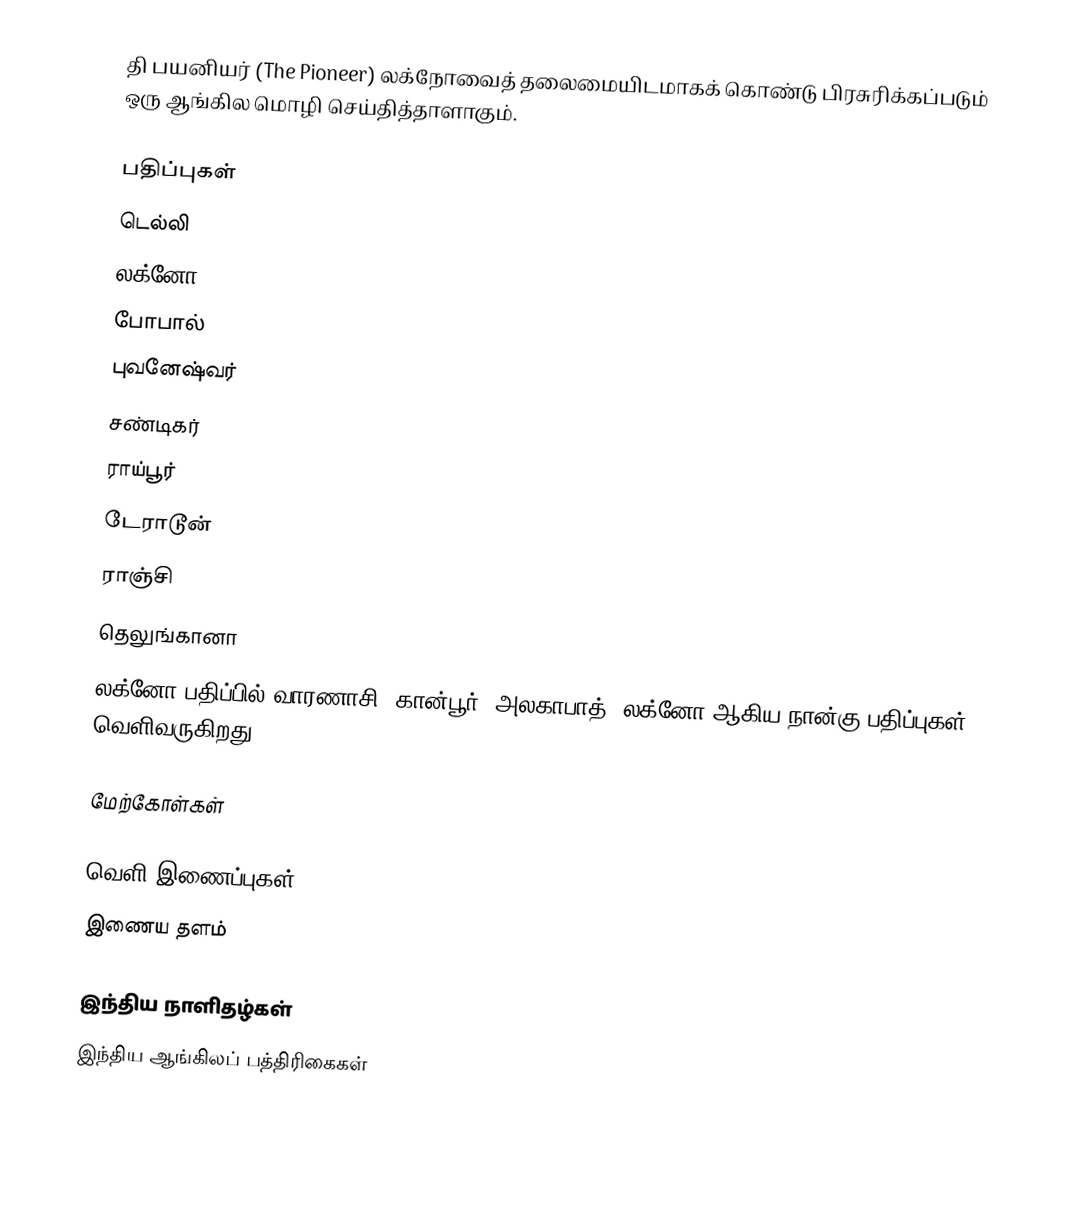
தி பயனியர் (The Pioneer) லக்நோவைத் தலைமையிடமாகக் கொண்டு பிரசுரிக்கப்படும் ஒரு ஆங்கில மொழி செய்தித்தாளாகும்.

பதிப்புகள்
 டெல்லி
 லக்னோ
 போபால்
 புவனேஷ்வர்
 சண்டிகர்
 ராய்பூர்
 டேராடூன்
 ராஞ்சி
 தெலுங்கானா
லக்னோ பதிப்பில் வாரணாசி, கான்பூர், அலகாபாத், லக்னோ ஆகிய நான்கு பதிப்புகள் வெளிவருகிறது.

மேற்கோள்கள்

வெளி இணைப்புகள்
 இணைய தளம்

இந்திய நாளிதழ்கள்
இந்திய ஆங்கிலப் பத்திரிகைகள்